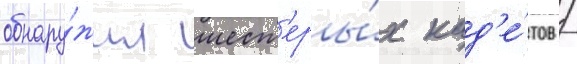
обнару́жил шест'еры́х кад'е́тов /